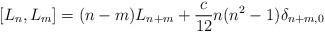
LaTeX: \begin{align*}[ L_{n} , L_{m} ] = ( n - m )L_{n+m} + \frac{c}{12} n(n^{2} - 1)\delta_{n + m ,0}\end{align*}